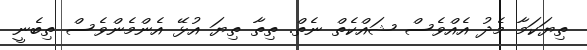
ތިޔަކަމާ މެދު އެއްވެސް ޝައްކެތް ނެތް. ތިތާ ތިޔަ އުޅޭ އެންމެންވެސް ތިބެނީ